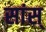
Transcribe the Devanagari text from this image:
सांस्